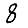
Digit: 8